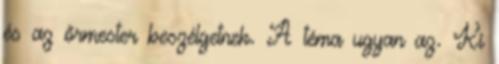
és az őrmester beszélgetnek. A téma ugyan az. Ki